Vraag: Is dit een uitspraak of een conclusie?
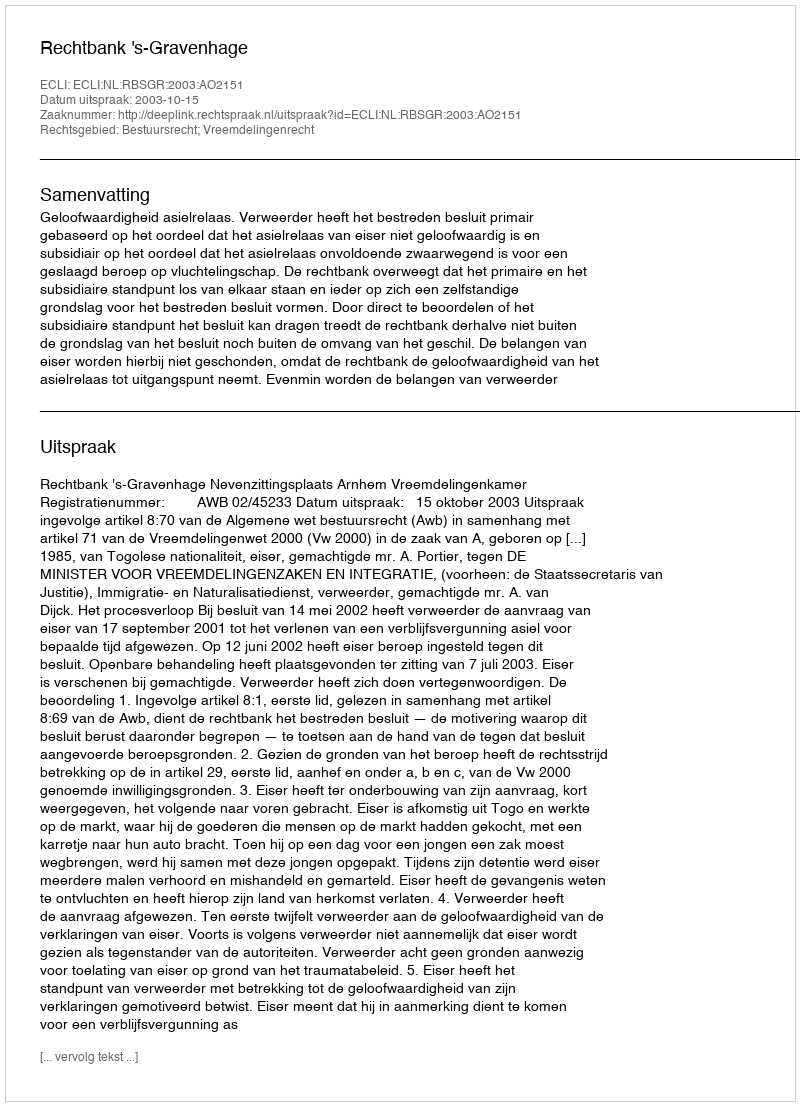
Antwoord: Uitspraak